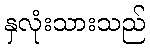
နှလုံးသားသည်